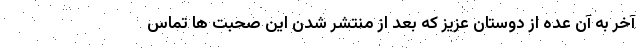
آخر به آن عده از دوستان عزیز که بعد از منتشر شدن این صحبت ها تماس